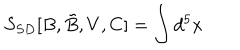
LaTeX: S _ { S D } [ B , \tilde { B } , V , C ] = \int d ^ { 5 } x